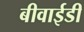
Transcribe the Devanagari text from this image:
बीवाईडी